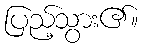
ပြည့်သွား၏။